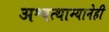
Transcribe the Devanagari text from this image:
अश्वत्थाम्यानेही